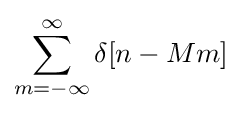
\sum _{m=-\infty }^{\infty }\delta [n-Mm]\!